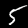
Label: 5